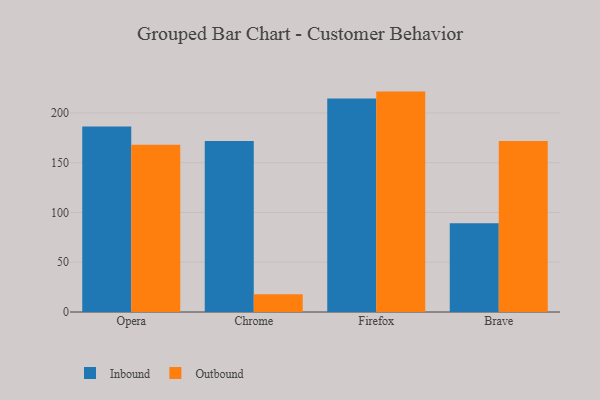
{"axis": {"x": "Browser", "y": "Demand Index"}, "legend": ["Inbound", "Outbound"], "data": [{"x": "Opera", "y": 186.3, "type": "Inbound"}, {"x": "Opera", "y": 168.1, "type": "Outbound"}, {"x": "Chrome", "y": 171.7, "type": "Inbound"}, {"x": "Chrome", "y": 17.9, "type": "Outbound"}, {"x": "Firefox", "y": 214.5, "type": "Inbound"}, {"x": "Firefox", "y": 221.4, "type": "Outbound"}, {"x": "Brave", "y": 89.2, "type": "Inbound"}, {"x": "Brave", "y": 171.8, "type": "Outbound"}]}